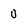
Character: 0